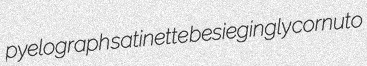
pyelograph satinette besiegingly cornuto